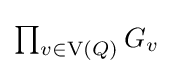
\textstyle \prod _{v\in \operatorname {V} (Q)}G_{v}